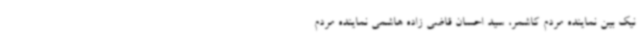
نیک بین نماینده مردم کاشمر، سید احسان قاضی زاده هاشمی نماینده مردم